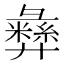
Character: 彝